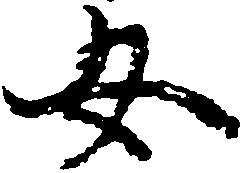
女